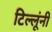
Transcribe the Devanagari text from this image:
टिल्लूंनी